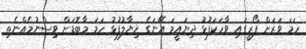
ހަމަ ވަރަށް ފޯރީގައި ވާހަކަފުޅު ދިޔައީމަ އޭނަގެ ޚިޔާލުފުޅު ހަމަ މާބޮޑަށް ވިސްނުމެއްނެތި